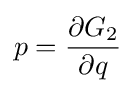
p={\frac {\partial G_{2}}{\partial q}}